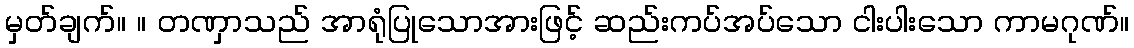
မှတ်ချက်။ ။ တဏှာသည် အာရုံပြုသောအားဖြင့် ဆည်းကပ်အပ်သော ငါးပါးသော ကာမဂုဏ်။